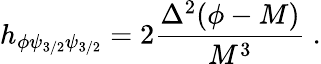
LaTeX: h_{\phi\psi_{3/2}\psi_{3/2}}=2\frac{\Delta^{2}(\phi-M)}{M^{3}}\ .